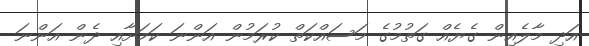
އަދި މާލެއިން ގެޔެއް ގަތުމުގެ މަސައްކަތް ކުރަމުން އަންނަ ކަމަށާއި ދެން އަންނަ